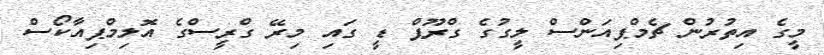
މީގެ އިތުރުން ޗެމްޕިއަންސް ލީގުގެ ގްރޫޕް ޑީ ގައި މިރޭ ގްރީސްގެ އޮލިމްޕިއާކޯސް